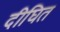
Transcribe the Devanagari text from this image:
दीघित